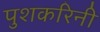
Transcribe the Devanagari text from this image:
पुशकरिनी